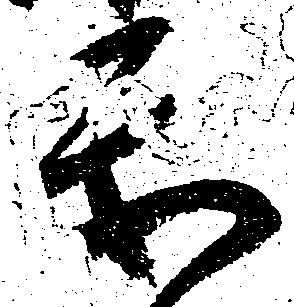
楽